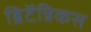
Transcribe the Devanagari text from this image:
ब्रिटॅन्निकस